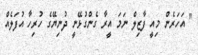
" އަހަރެން މިއީ ފާޒިލް ނަމަ އީރާ ގެންގުޅޭނީ ދުނިޔޭގެ ހުރިހާ އުފަލެއް